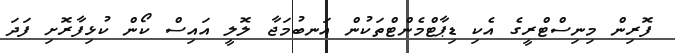
ފޮރިން މިނިސްޓްރީގެ އެކި ޑިޕާޓްމެންޓްތަކުން އަނބުމަޖާ ލޮލީ އައިސް ކޯން ކުޅިފާރޮށި ފަދަ